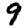
Digit: 9